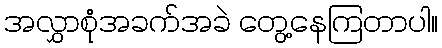
အလွှာစုံအခက်အခဲ တွေ့နေကြတာပါ။